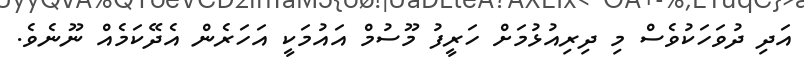
އަދި ދުވަހަކުވެސް މި ދިރިއުޅުމަށް ހަރީފު މޫސުމް އައުމަކީ އަހަރެން އެދޭކަމެއް ނޫނެވެ.